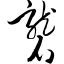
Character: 砻